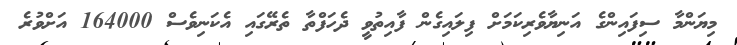
މިޔަންމާ ސިފައިންގެ އަނިޔާވެރިކަމަށް ފިލައިގެން ފާއިތުވީ ދެހަފްތާ ތެރޭގައި އެކަނިވެސް 164000 އަށްވުރެ